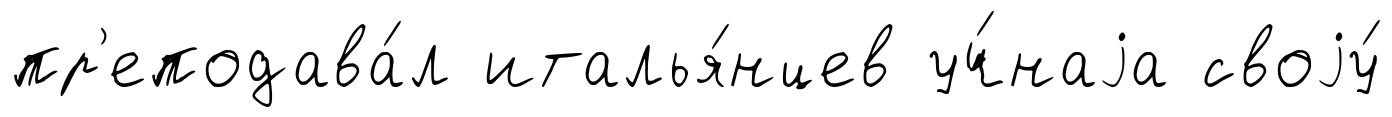
пр'еподава́л италья́нцев уч́наjа своjу́